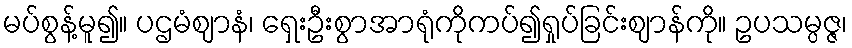
မပ်စွန့်မူ၍။ ပဌမံဈာနံ၊ ရှေးဦးစွာအာရုံကိုကပ်၍ရှုပ်ခြင်းဈာန်ကို။ ဥပသမ္ပဇ္ဇ၊